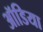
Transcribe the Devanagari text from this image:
ऑडिया